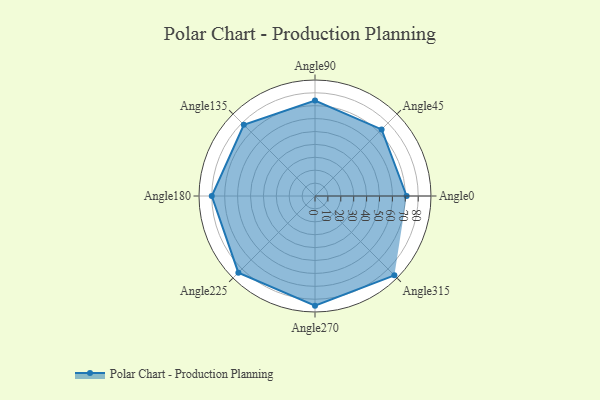
{"axis": {"x": "Angle", "y": "Radius"}, "legend": [""], "data": [{"x": "Angle0", "y": 71.0, "type": ""}, {"x": "Angle45", "y": 73.0, "type": ""}, {"x": "Angle90", "y": 74.0, "type": ""}, {"x": "Angle135", "y": 78.0, "type": ""}, {"x": "Angle180", "y": 80.0, "type": ""}, {"x": "Angle225", "y": 84.0, "type": ""}, {"x": "Angle270", "y": 85.0, "type": ""}, {"x": "Angle315", "y": 87.0, "type": ""}]}